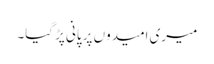
میری امیدوں پر پانی پڑ گیا۔